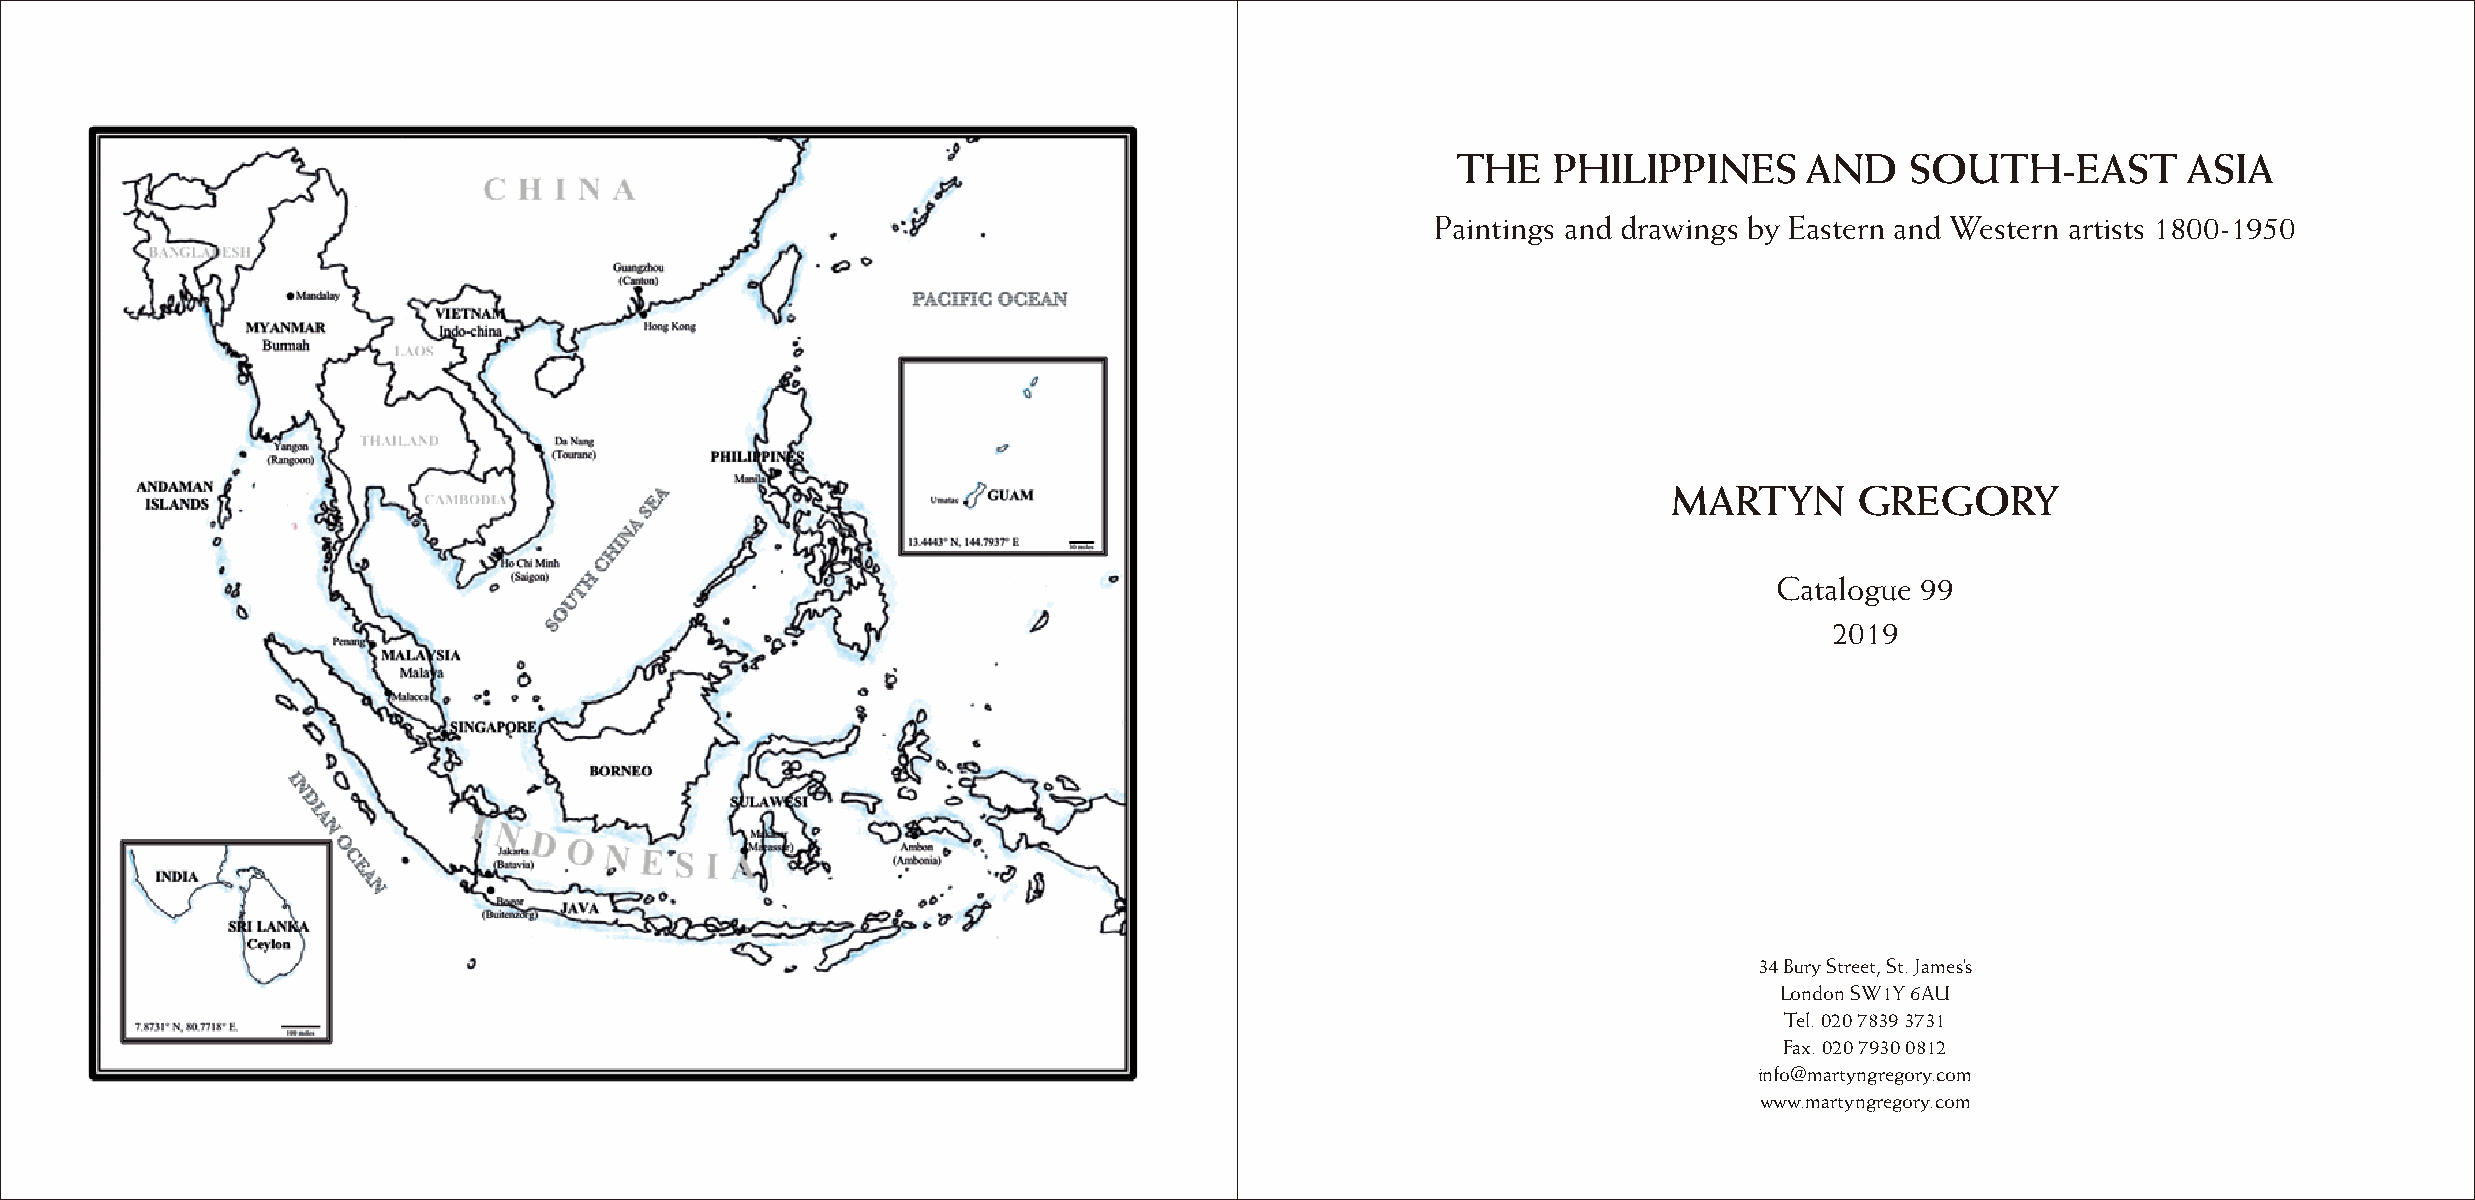
THE    PHILIPPINES     AND    SOUTH-EAST         ASIA
 Paintings and drawings by Eastern and Western artists 1800-1950
 MARTYN      GREGORY
 Catalogue 99
 2019
 34 Bury Street, St. James’s
 London SW1Y 6AU
 Tel. 020 7839 3731
 Fax. 020 7930 0812
 info@martyngregory.com
 www.martyngregory.com
 2                                                                                  3